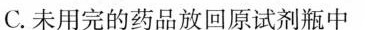
C.未用完的药品放回原试剂瓶中